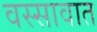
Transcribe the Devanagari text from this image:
वस्सावात